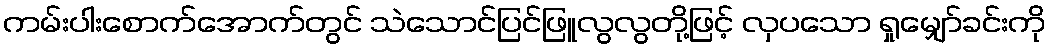
ကမ်းပါးစောက်အောက်တွင် သဲသောင်ပြင်ဖြူလွလွတို့ဖြင့် လှပသော ရှုမျှော်ခင်းကို